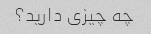
چه چیزی دارید؟